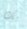
بك